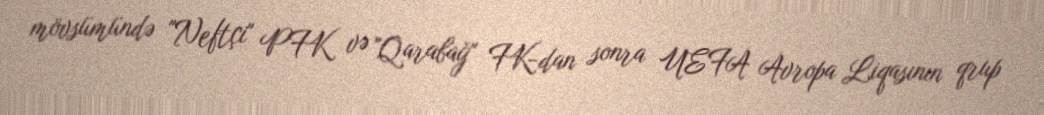
mövsümündə "Neftçi" PFK və "Qarabağ" FK-dan sonra UEFA Avropa Liqasının qrup